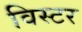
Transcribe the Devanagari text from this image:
विस्टर